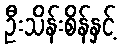
ဦးသိန်းစိန်နှင့်